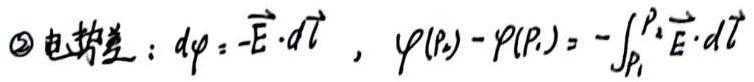
$\textcircled{2}$ 电势差：$d\varphi = -\vec{E} \cdot d\vec{l}$ ，$\varphi(P_2) - \varphi(P_1) = -\int_{P_1}^{P_2} \vec{E} \cdot d\vec{l}$